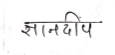
मजकूर: ज्ञानदीप